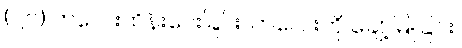
(၂၀) ကလေးထိန်းပေးခြင်း၊ ကလေးကို ချော့မြူခြင်း၊